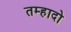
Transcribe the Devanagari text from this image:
तम्हादो